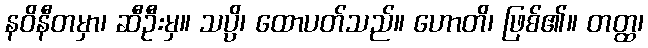
နဝိနီတမှာ၊ ဆီဦးမှ။ သပ္ပိ၊ ထောပတ်သည်။ ဟောတိ၊ ဖြစ်၏။ တတ္ထ၊